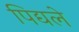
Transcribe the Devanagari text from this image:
पिद्यले